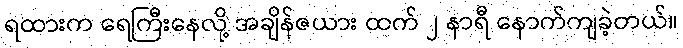
ရထားက ရေကြီးနေလို့ အချိန်ဇယား ထက် ၂ နာရီ နောက်ကျခဲ့တယ်။